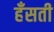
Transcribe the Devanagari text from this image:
हँसती